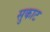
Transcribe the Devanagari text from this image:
सुकाट